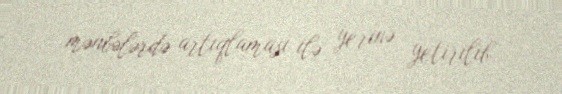
mənbələrdə artıqlaması ilə yerinə yetirilib.